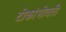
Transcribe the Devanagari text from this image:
टोकांभोवती